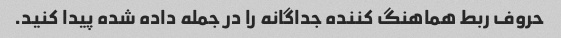
حروف ربط هماهنگ کننده جداگانه را در جمله داده شده پیدا کنید.